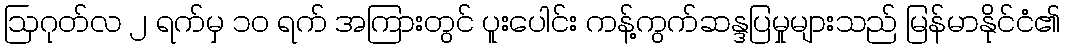
ဩဂုတ်လ ၂ ရက်မှ ၁၀ ရက် အကြားတွင် ပူးပေါင်း ကန့်ကွက်ဆန္ဒပြမှုများသည် မြန်မာနိုင်ငံ၏